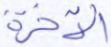
الآخرة